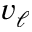
v _ { \ell }